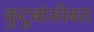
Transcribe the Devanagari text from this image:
कुटुबांसोबत